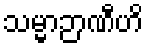
သမ္မာဉာဏီဟိ